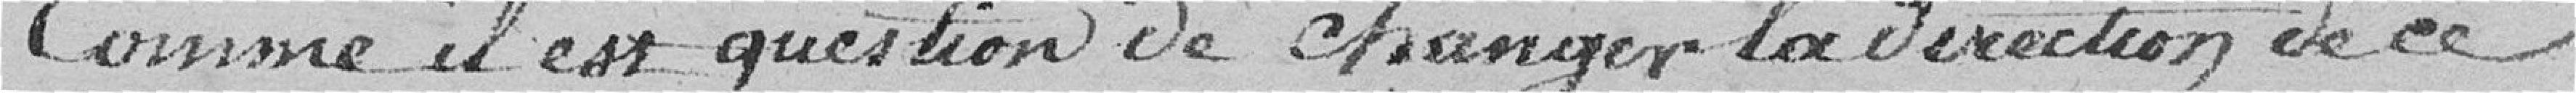
Comme il est question de changer la direction de ce